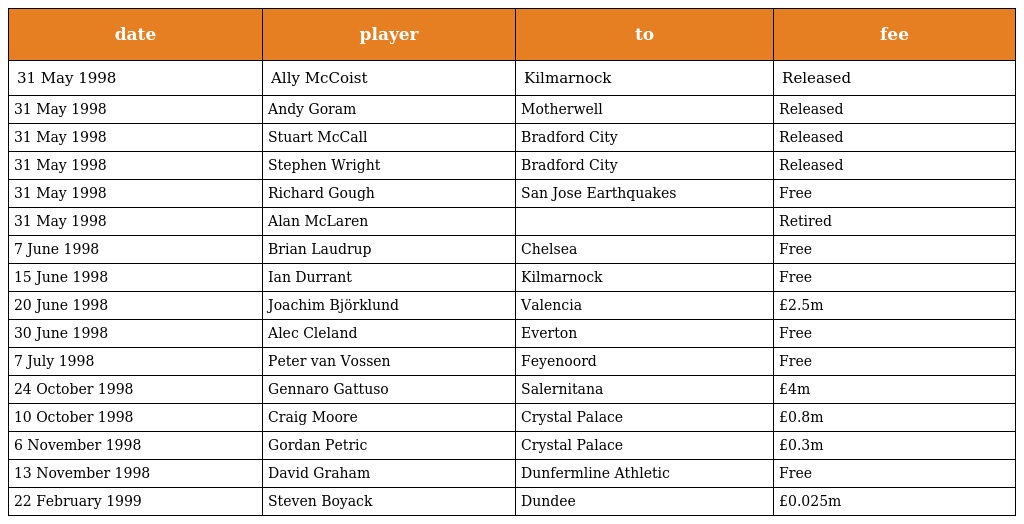
| date | player | to | fee |
 | --- | --- | --- | --- |
 | 31 May 1998 | Ally McCoist | Kilmarnock | Released |
 | 31 May 1998 | Andy Goram | Motherwell | Released |
 | 31 May 1998 | Stuart McCall | Bradford City | Released |
 | 31 May 1998 | Stephen Wright | Bradford City | Released |
 | 31 May 1998 | Richard Gough | San Jose Earthquakes | Free |
 | 31 May 1998 | Alan McLaren |  | Retired |
 | 7 June 1998 | Brian Laudrup | Chelsea | Free |
 | 15 June 1998 | Ian Durrant | Kilmarnock | Free |
 | 20 June 1998 | Joachim Björklund | Valencia | £2.5m |
 | 30 June 1998 | Alec Cleland | Everton | Free |
 | 7 July 1998 | Peter van Vossen | Feyenoord | Free |
 | 24 October 1998 | Gennaro Gattuso | Salernitana | £4m |
 | 10 October 1998 | Craig Moore | Crystal Palace | £0.8m |
 | 6 November 1998 | Gordan Petric | Crystal Palace | £0.3m |
 | 13 November 1998 | David Graham | Dunfermline Athletic | Free |
 | 22 February 1999 | Steven Boyack | Dundee | £0.025m |